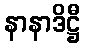
နာနာဒိဋ္ဌီ